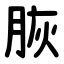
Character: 脄